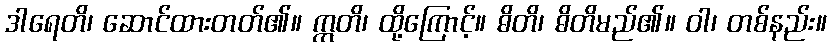
ဒါရေတိ၊ ဆောင်ထားတတ်၏။ ဣတိ၊ ထို့ကြောင့်။ ဓိတိ၊ ဓိတိမည်၏။ ဝါ၊ တစ်နည်း။